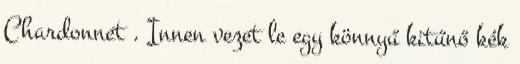
Chardonnet . Innen vezet le egy könnyű kitűnő kék